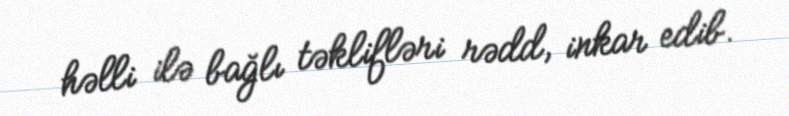
həlli ilə bağlı təklifləri rədd, inkar edib.